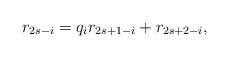
LaTeX: \begin{align*}r_{2s-i} = q_i r_{2s+1-i} + r_{2s+2-i},\end{align*}